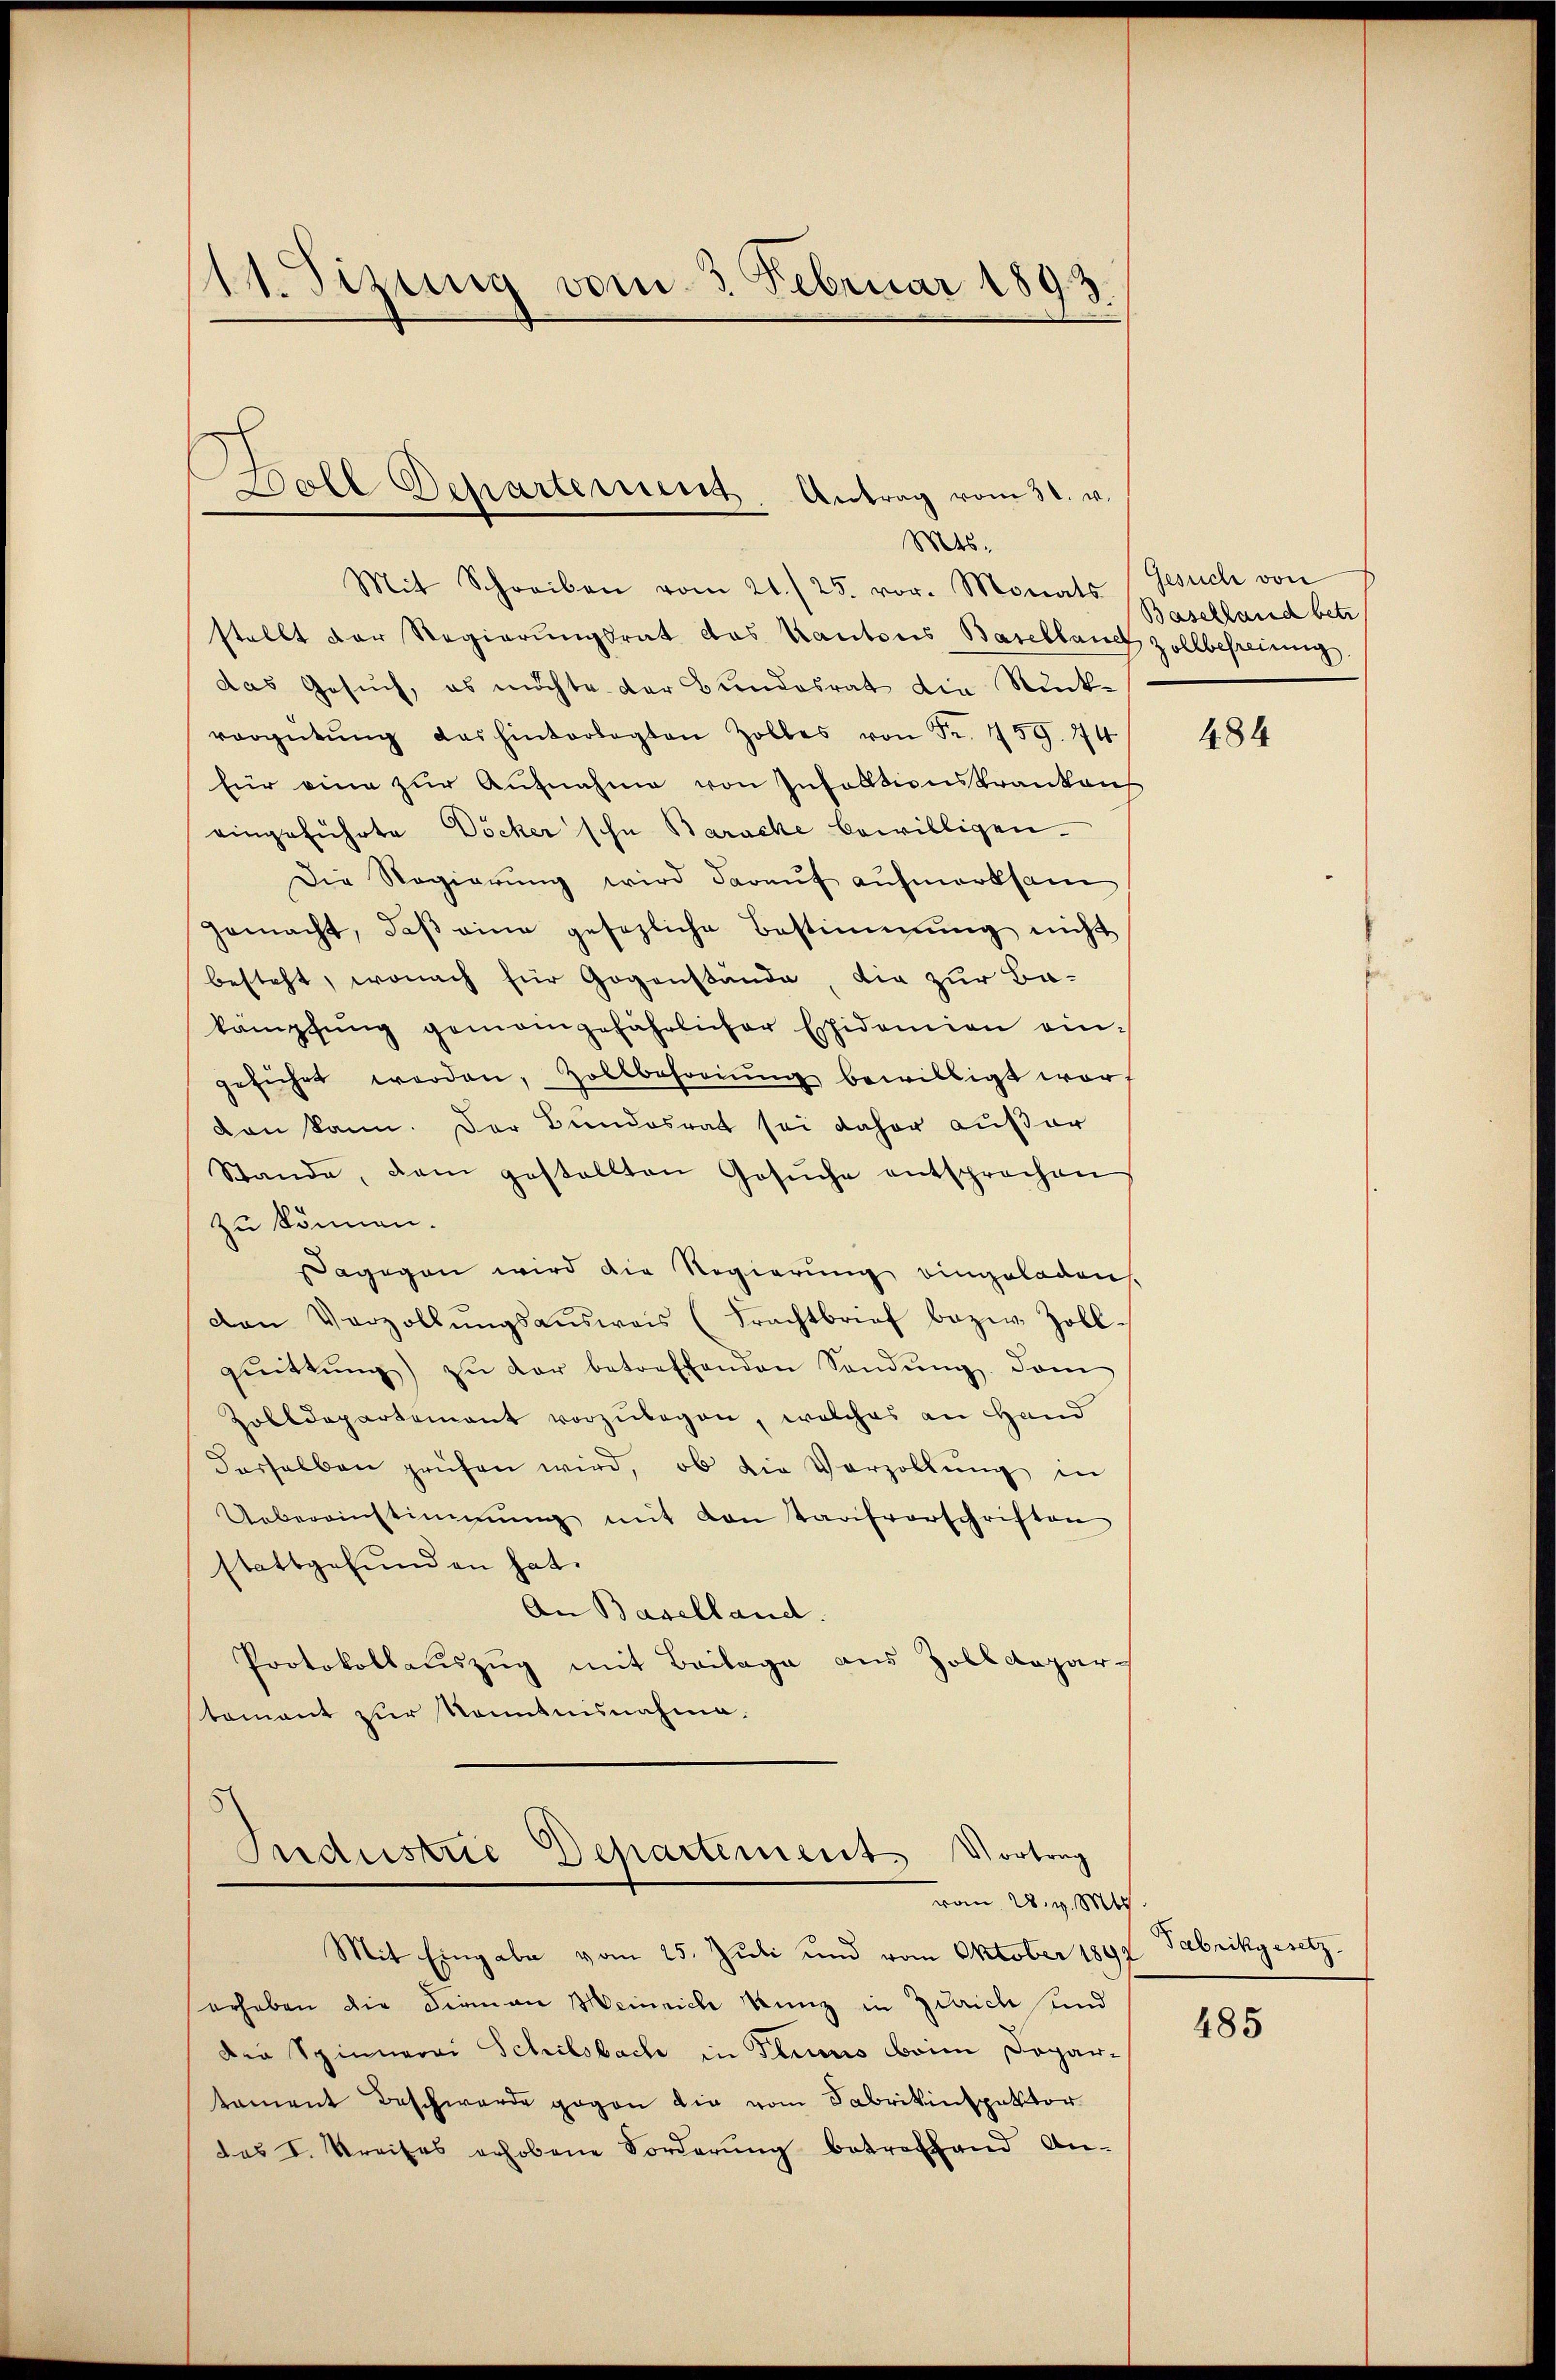
11. Sizung vom 3. Februar 1893.

Boll Departerunt. Antrag vom 31. v.
Mts.

Industrie Departement Vortrag
vom 28. v. Mts

Mit Schreiben vom 21./25. vor. Monats
stellt der Regierungsrat das Kantons Basellauch zollbefreiung.
das Gesuch, es möchte der Bundesrat die Rück-
vergütŭng das hinterlegten Zolles von Fr. 159. 774
für eine zur Aufnahme von Infalltionskrankauf
eingeführte Döcker schn Baracke bewilligen.
Die Regierung wird darauf aufmerksam
gemacht, daβ eine gesezliche Bestimmung nicht
besteht, wonach für Gegenstände, die zur Bakämpfŭng gemeingefährlicher Essidemien eingeführt worden, Zollbehöriŭng bewilligt war.
den kann. Der Bundesrat sei daher außer
Stande, dem gestellten Gesŭche entsprochen
zu können.
Dagegen wird die Regierung eingeladen.
den Verzollŭngsausweis (Frachtbrief bezw. Zoll-
qŭittŭng zŭ der betreffenden Sendŭng. Dam
Zolldepartement vorzŭlegen, welches an Hand
derselben prüfen wird, ob die Vorzollŭng in
Uebereinstimmung mit von Tarifverschriften
stattgefunden hat.
An Baselland.
Protokollauszug mit Beilage aus Zolldepar-
tomant zŭr Nomtnisnahme.

Mit Eingabe vom 25. Juli und vom Oktober 1892
erhoben die Finan Meinriche Kunz in Zürich und
Der Spinnerei Schilsbache in Fluris beim Departament Beschwerde gegen die vom Fabrikinspektor
das I. Kreises erhobene Forderŭng betreffend An-

Gesuch von
Baselland betr

484

Fabrikgesetz.

485